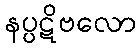
နပ္ပဋိဗလော